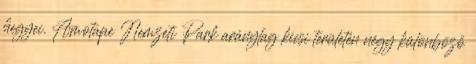
hegyei. Amotape Nemzeti Park aránylag kicsi területén négy különböző